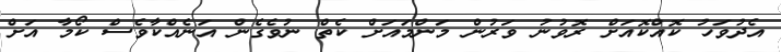
އެދުވަހު ކޮއްކޮއަށް ރޮވުނު ވަރުން މަންމައަށް ކެތް ނުވެގެން އަނެއްކާވެސް ކޯމާ އަށް